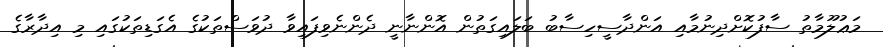
މަޢުލޫމާތު ސާފުކޮށްދިނުމާއި އަންދާސީހިސާބު ބަލައިގަތުން އޮންނާނީ ދެންނެވިފައިވާ ދުވަސްތަކުގެ އެގަޑިތަކުގައި މި އިދާރާގެ